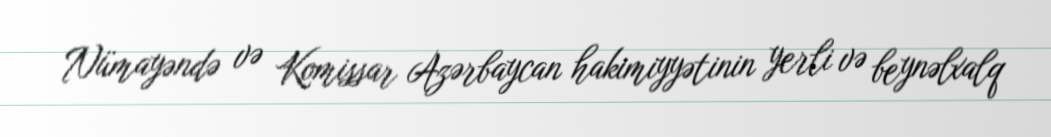
Nümayəndə və Komissar Azərbaycan hakimiyyətinin yerli və beynəlxalq